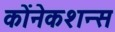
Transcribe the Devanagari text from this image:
कोंनेकशन्स